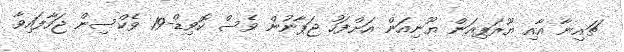
ޗައިނާ އާއި ޔޫރަޕިއަން ޔޫނިއަން އަށްފަހު ޖަޕާނުން ވެސް ކޮވިޑް-19 ވެކްސިން ޖަހާފައިވާ